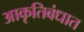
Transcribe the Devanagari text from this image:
आकृतिबंधात